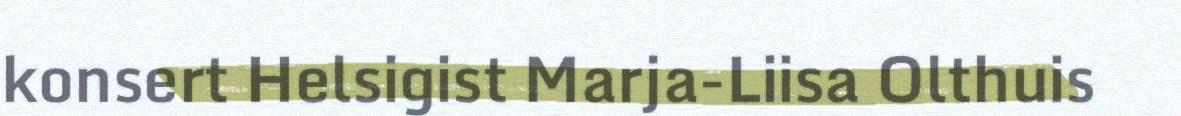
konsert Helsigist Marja-Liisa Olthuis